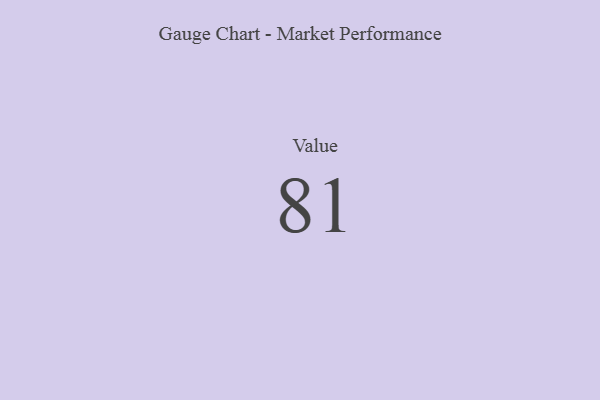
{"axis": {"x": "Metric", "y": "Value"}, "legend": [""], "data": [{"x": "Value", "y": 81, "type": ""}]}